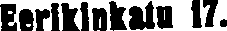
Eerikinkatu 17.